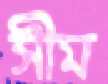
সীম